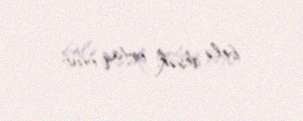
belə desək, ortaq olub.